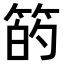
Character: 𫂇